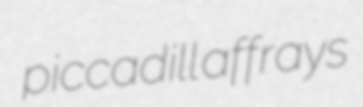
piccadill affrays